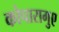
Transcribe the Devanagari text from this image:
कोपारागुए